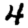
Digit: 4